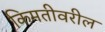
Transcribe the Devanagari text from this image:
किमतीवरील